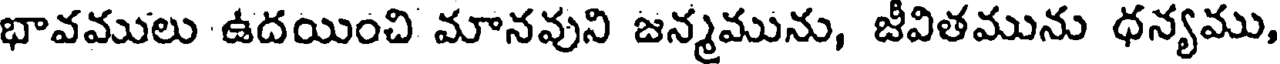
భావములు ఉదయించి మానవుని జన్మమును, జీవితమును ధన్యము,